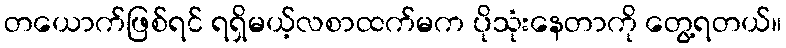
တယောက်ဖြစ်ရင် ရရှိမယ့်လစာထက်မက ပိုသုံးနေတာကို တွေ့ရတယ်။